Annual statistical returns and brief notes on vaccination in Bengal - 1887-1898
Year: 1887
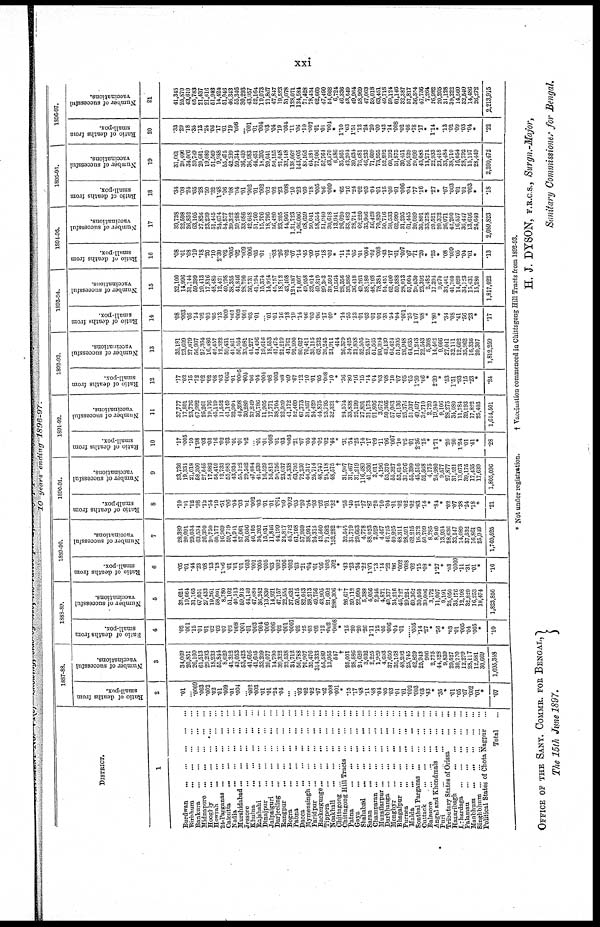
xxi
10 years ending 1896-97.
DISTRICT.
1
Burdwan ... ... ... ... ...
Birbhum
...
...
...
...
...
Bankura
...
...
...
...
...
Midnapore
...
...
...
...
...
Hoogrly
...
...
...
...
...
Howrah
...
...
...
...
...
24-Parganas
...
...
...
...
...
Calcutta
...
...
...
...
...
Madia
...
...
...
...
...
Murshidabad
...
...
...
...
...
Jessore
...
...
...
...
...
Khulna
...
...
...
...
...
Rajshahi
...
...
...
...
...
Dinajpur
...
...
...
...
...
Jalpaiguri
...
...
...
...
...
Darjeeling
...
...
...
...
...
Rangpur
...
...
...
...
...
Bogra
...
...
...
...
...
Pabna
...
...
...
...
...
Dacca
...
...
...
...
...
Mymensingh
...
...
...
...
...
Faridpur
...
...
...
...
...
Backergunge
...
...
...
...
...
Tippera
...
...
...
...
...
Noakhali
...
...
...
...
...
Chittngong
...
...
...
...
...
Chittagong Hill Tracts ... ... ...
Patna
...
...
...
...
...
Gaya
...
...
...
...
...
Shahabad
...
...
...
...
...
Saran
...
...
...
...
...
Champaran
...
...
...
...
...
Muzaffarpur ... ... ... ... ...
Darbhanga ... ... ... ... ...
Monghyr
...
...
...
...
...
Bhagalpur ... ... ... ... ...
Purnea
...
...
...
...
...
Malda
...
...
...
...
...
Sonthal Parganas
...
...
...
...
Cuttack
...
...
...
...
...
Balasore
...
...
...
...
...
Angnl and Khondmals
...
...
...
Puri
...
...
...
...
...
Tributary States of Orissa
...
...
Hazaribagh
...
...
...
...
Lahardaga
...
...
...
...
...
Palamau
...
...
...
...
...
Manbhum
...
...
...
...
...
Singhbhum
...
...
...
...
...
Political States of Chota Nagpur
...
Total ...
1887-88.
Ratio of deaths from
small-pox.
2
.01
...
.0009
.003
.002
.02
.01
.009
.01
.004
...
.002
.003
.01
.01
.24
.04
...
...
.02
.02
.02
.07
.02
.008
.001
*
.15
.17
.48
.11
.48
.04
.05
.03
.01
.01
.002
.003
.03
.43
*
.36
*
.01
.05
.07
.002
.01
*
.07
Number of successful
vaccinations.
3
34,069
20,851
20,160
61,513
29,293
18,233
55,844
8,629
41,312
43,053
53,423
41,616
41,605
33,209
20,077
14,790
39,322
22,538
34,712
56,788
70,907
35,476
314,333
55,589
13,955
547
†
25,001
28,586
24,620
3,032
2,225
1,929
4,693
37,650
35,168
48,292
25,745
42,829
25,943
906
2,775
44,328
9,839
29,527
30,770
12,279
28,117
12,581
30,669
1,695,348
1888-89.
Ratio of deaths from
small-pox.
4
.02
.001
.15
.01
.01
.02
.02
.07
.02
.008
.001
.01
.003
.004
.006
.006
.02
.001
.0007
.02
.25
.03
.02
.12
.002
.0008
*
.15
.20
.20
.26
1.11
.12
.05
.006
.04
.01
......
.005
.14
.27
*
.56
*
.03
.01
.005
.04
.005
*
.10
Number of successful
vaccinations.
5
35,624
19,664
31,165
67,051
27,433
19,261
58,001
8,780
51,102
40,513
59,913
44,140
47,080
36,242
13,830
14,921
47,157
22,555
37,632
50,415
82,043
38,213
49,756
43,905
21,602
288,306
†
26,677
59,112
22,090
5,388
4,056
2,946
4,871
40,377
34,216
46,727
29,224
60,362
30,050
39,006
3,172
11,007
9,191
25,050
35.176
12,198
32,829
16,253
18,474
1,823,856
1889-90.
Ratio of deaths from
small-pox.
6
.05
.01
.44
.23
.08
.13
.18
1.06
.01
.01
.01
.003
.001
.005
.005
.03
.002
.006
.003
.03
.21
.04
.01
.06
.003
.002
*
.43
.23
.34
.22
1.03
.13
.14
.22
.06
.002
.008
.02
.15
.08
*
1.27
*
.03
.0009
.11
.31
.01
*
.16
Number of successful
vaccinations.
7
28,389
20,091
29,034
63,534
26,390
20,750
60,177
16,969
59,719
44,911
57,061
36,056
46,105
34,202
15,031
11,846
44,199
24,817
45,742
61,708
57,959
38,991
24,315
43,500
21,682
152,282
†
32,545
31,719
29,663
4,778
88,023
2,529
4,467
46,725
49,925
48,311
28,591
62,215
16,372
50,799
8,285
8,910
13,934
28,636
33,147
14,089
37,532
16,861
25,949
1,769,525
1890-91.
Ratio of deaths from
small-pox.
8
.10
.01
.12
.98
.12
.54
.19
.51
.06
.04
.03
.01
.002
.03
.01
.01
.001
.09
.092
.05
.20
.04
.03
.02
.01
.32
*
.55
.40
.21
.27
.87
.20
.10
.04
.01
.02
.02
.02
.83
.14
*
.84
*
.02
.07
.38
.24
.18
*
.21
Number of successful
vaccinations.
9
33,736
19,334
21,018
58,300
27,545
17,882
54,410
12,733
55,085
43,934
55,122
29,562
47,084
41,539
16,529
16,813
50,756
23,037
58,338
63,795
72,230
46,317
25,714
48,747
21,118
48,575
†
31,907
31,467
31,219
116,489
41,336
3,011
4,196
53,370
55,327
53,610
31,976
55,399
45,516
52,568
4,175
24,980
9,577
27,877
31,521
13,073
39,175
17,435
17,639
1,805,096
1891-92.
Ratio of deaths from
small-pox.
10
.17
.005
.10
1.98
.03
.08
.16
.02
.03
.01
.01
.02
...
.01
.01
.008
.01
.03
.005
.21
.07
.05
.04
.02
.02
.46
*
.31
.54
.25
.14
.17
.09
.11
.06
.007
.10
.05
.01
2.36
.15
*
1.71
*
.20
.90
1.24
.01
.41
*
.28
Number of successful
vaccinations.
11
37,777
17,801
23,776
67,992
25,261
19,176
45,110
11,552
41,140
32,991
44,398
30,280
37,249
36,786
11,905
17,771
38,704
22,959
41,172
52,469
67,773
31.357
24,429
44.875
23,795
32,321
†
24,574
33,838
25,199
27,891
31,173
91,806
3,672
50,366
57,063
41,136
25,376
51,037
49,497
32,710
2,720
19,949
9,106
28,275
34,080
11,784
39,193
17,822
25,403
1,614,501
1892-93.
Ratio of deaths from
small-pox.
12
.17
.02
.15
.72
.02
.02
.08
.03
.006
.01
.0005
.005
.06
.04
.004
.08
.003
.08
.09
.67
.12
.10
.01
.05
.008
.10
*
.36
.80
.16
.15
.14
.04
.03
.08
.10
.07
.05
.05
1.30
.06
*
2.39
*
.53
1.51
.93
.15
.23
*
.24
Number of successful
vaccinations.
13
35,181
23,609
27,079
56,907
27,364
16,486
42,457
12,322
59,431
41,861
50,564
33,081
41,277
44,496
19,616
18,553
47,475
21,219
41,761
92,990
80,627
70,411
35,115
63,232
26,245
21,911
414
26,379
34,425
21,838
52,505
25,437
51,565
90,394
43,139
64,424
51,305
26,948
64,635
11,243
22,543
5,308
14,462
9,666
27,041
32,111
12,602
35,962
16,336
20,307
1,812,259
1893-94.
Ratio of deaths from
small-pox.
14
.08
.003
.05
.14
.02
.02
.05
.13
.009
.001
.003
.001
.03
.01
...
.01
.01
.16
.18
.19
.14
.06
.03
.06
.17
.09
*
.14
.55
.13
.01
.03
.01
.01
.31
.54
.04
.001
.25
1.07
.08
*
1.80
*
.34
.08
.41
.56
.23
*
.17
Number of successful
vaccinations.
15
32,100
14,996
31,144
59,399
20,413
17,816
48,485
12,421
40,198
38,355
41,846
28,790
36,731
41,194
15,374
14,924
45,757
18,792
43,408
124,387
74,097
49,958
32,014
49,810
29,303
33,592
16,564
28,356
33,986
36,418
49,263
38,180
48,768
78,381
54,451
62,400
59,888
28,013
57,004
20,030
23,392
2,482
17,394
9,670
33,461
41,760
14,020
34,123
15,431
15,280
1,817,022
1894-95.
Ratio of deaths from
small-pox.
16
.08
.01
.08
.19
.18
.20
.10
2.30
.02
.005
.02
.009
.006
.05
.01
... .03
.26
.02
.07
.14
.45
.09
.01
.18
.02
*
.11
.14
.05
.01
.004
.02
.008
.43
.17
.01
.007
.07
.71
.20
*
.25
*
.08
.009
.05
.04
.01
*
.13
Number of successful
vaccinations.
17
39,738
22,598
26,852
63,105
27,826
23,239
51,445
24,674
54,577
39,322
59,208
33,086
42,648
51,760
15,706
18,796
56,420
23,205
44,966
1,21,723
1,06,006
68,659
50,041
58,554
51,940
30,618
13,941
26,020
33,482
28,714
62,220
35,906
56,428
70,820
50,716
58,533
62,999
31,295
61,445
20,089
36,801
33,278
20,521
20,372
26,071
42,200
16,557
36,447
13,616
24,640
2,089,823
1895-96.
Ratio of deaths from
small-pox.
18
.34
.08
.24
.65
.28
.50
.32
1.48
.06
.08
.04
.01
.002
.01
.002
.02
.02
.23
.008
.10
.23
.60
.18
.005
.06
.009
*
.65
.16
.24
.02
.03
.04
.01
.15
.08
.01
.006
.04
.77
.16
*
.27
*
.07
.003
.01
.01
.003
*
.18
Number of successful
vaccinations.
19
31,061
20,406
34,066
59,749
20,601
19,080
51,569
9,988
55,475
42,239
59,344
36,459
36,983
44,451
18,395
20,041
50,155
21,048
32,148
138,062
143,005
88,165
64,281
77,906
52,764
43,570
6,586
35,565
43,204
39,634
76,681
46,233
71,609
73,955
52,892
60,192
51,875
30,451
56,529
20,099
43,688
13,271
22,933
23,418
33,484
38,710
16,054
28,792
15,157
28,449
2,200,472
1896-97.
Ratio of deaths from
small-pox.
20
.33
.29
.18
.35
.13
.24
.06
.17
.01
.19
.006
... .001
.01
.004
.03
.04
.19
.004
.11
.06
.10
.007
.01
.01
.004
*
1.10
.63
1.51
.12
.24
.20
.09
.42
.14
.008
.02
.08
.78
.17
*
1.14
*
.13
.02
.09
.03
.04
*
.22
Number of successful
vaccinations.
21
41,345
25,870
43,610
65,783
21,437
21,616
51,943
14,424
51,046
46,343
55,346
30,293
43,957
52,164
19,073
21,867
47,847
19,523
31,078
128,071
134,584
71,428
78,434
62,660
47,490
54,668
6,724
46,336
43,549
49,964
58,969
47,063
59,018
63,451
49,718
59,124
61,146
32,387
57,817
36,354
47,736
7,264
26,982
20,205
31,128
39,222
14,560
32,540
14,486
26,272
2,213,915
* Not under registration.
† Vaccination commenced in Chittagong Hill Tracts from 1892-93.
OFFICE OF THE SANY. COMMR. FOR BENGAL,
The 15th June 1897.
H. J. DYSON, F.R.C.S., Surgn.-Major,
Sanitary Commissioner for Bengal.